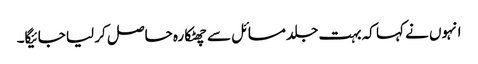
انہوں نے کہا کہ بہت جلد مسائل سے چھٹکارہ حاصل کر لیا جائیگا۔